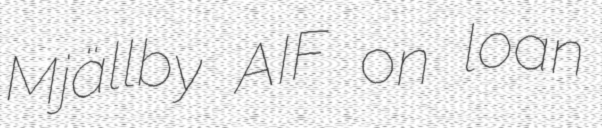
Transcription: Mjällby AIF on loan